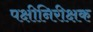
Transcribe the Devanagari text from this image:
पक्षीनिरीक्षक